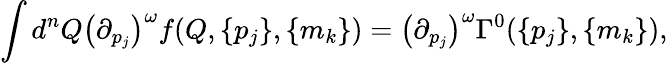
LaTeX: \int d^{n}Q\left({\partial}_{p_{j}}\right)^{\omega}f(Q,\{ p_{j}\} ,\{ m_{k}\} )=\left({\partial}_{p_{j}}\right)^{\omega}\Gamma^{0}(\{ p_{j}\} ,\{ m_{k}\} ),